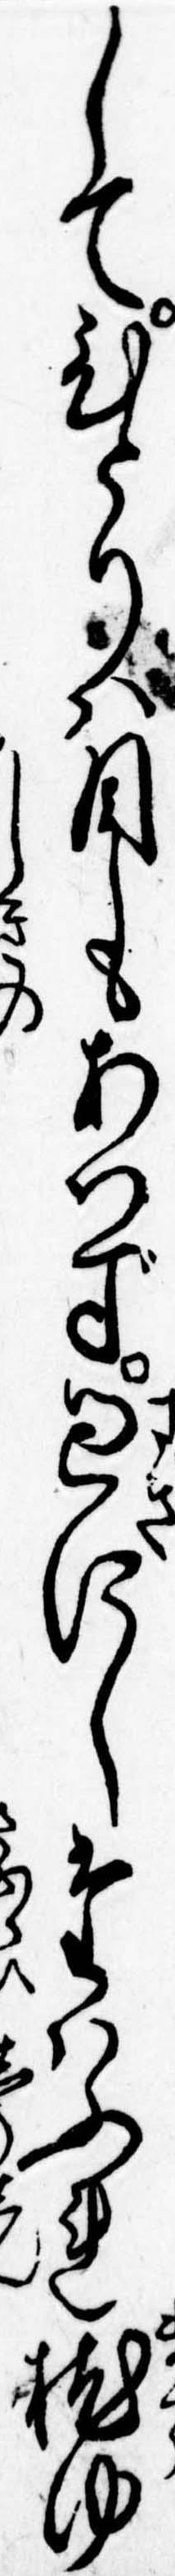
してひとりは目もあはず過にしたはふれ枕ゆ